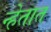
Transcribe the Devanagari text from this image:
न्हेतात